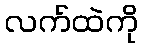
လက်ထဲကို